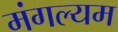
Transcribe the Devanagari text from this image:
मंगल्यम